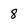
Character: 8